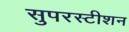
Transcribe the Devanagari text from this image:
सुपरस्टीशन